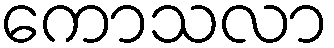
ကောသလာ